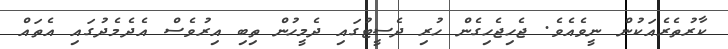
ކާރުތެރެއަކުން ނީވެއެވެ. ޖެހިޖެހިގެން ހުރި ދެސީޓުގައި ދެމީހުން ތިބި އިރުވެސް އެދެމެދުގައި އެތައް